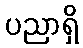
ပညာရှိ